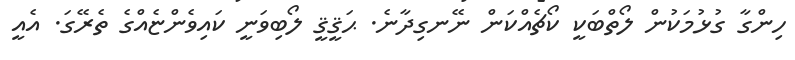
ހިންގާ ގުޅުމަކުން ލޯތްބަކީ ކޯޗެއްކަން ނޭނގިދާނެ. ޙަޤީޤީ ލޯބިވަނީ ކައިވެންޏެއްގެ ތެރޭގަ. އެއީ